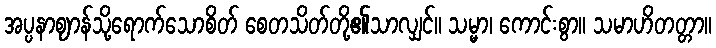
အပ္ပနာဈာန်သို့ရောက်သောစိတ် စေတသိတ်တို့၏သာလျှင်။ သမ္မာ၊ ကောင်းစွာ။ သမာဟိတတ္တာ။